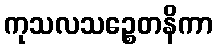
ကုသလသဉ္စေတနိကာ